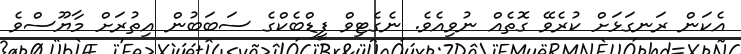
އެކަން ރަނގަޅަށް ކުރެވޭ ގޮތެއް ނުވިއެވެ. ނެގެޓިވް ފީޑްބެކްގެ ސަބަބުން އިތުރަށް މާޔޫސްވެ